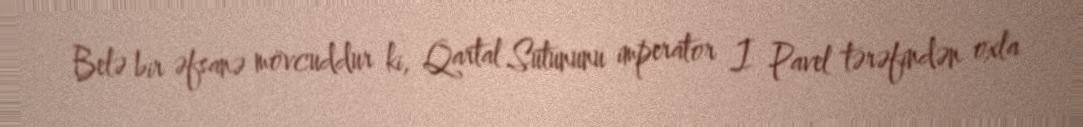
Belə bir əfsanə mövcuddur ki, Qartal Sütununu imperator I Pavel tərəfindən oxla